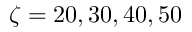
\zeta = 2 0 , 3 0 , 4 0 , 5 0